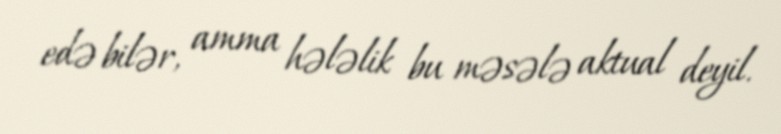
edə bilər, amma hələlik bu məsələ aktual deyil.